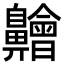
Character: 䶐